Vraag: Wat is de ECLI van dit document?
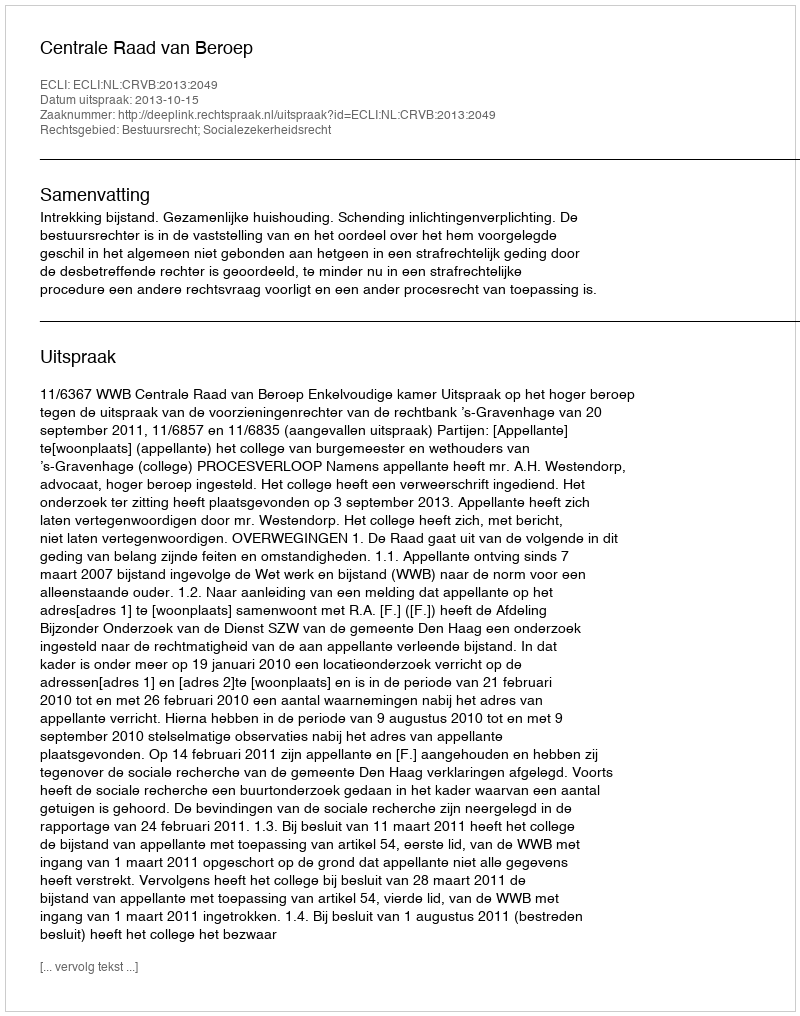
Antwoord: ECLI:NL:CRVB:2013:2049